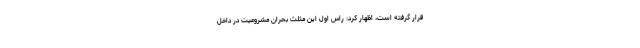
قرار گرفته است، اظهار کرد: راس اول این مثلث بحران مشروعیت در داخل